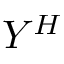
Y ^ { H }